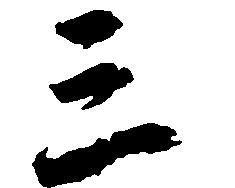
三